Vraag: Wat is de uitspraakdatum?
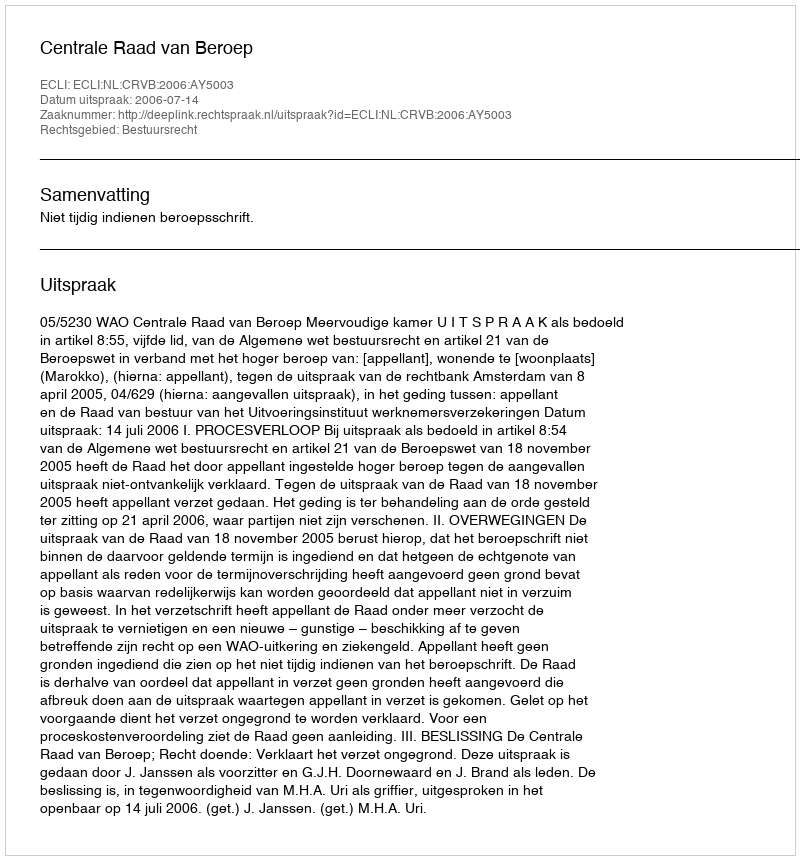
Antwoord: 2006-07-14